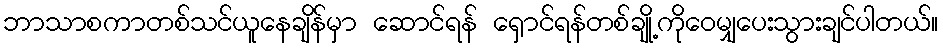
ဘာသာစကာတစ်သင်ယူနေချိန်မှာ ဆောင်ရန် ရှောင်ရန်တစ်ချို့ကိုဝေမျှပေးသွားချင်ပါတယ်။